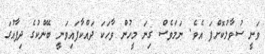
ވަނީ ސުވާލުކޮށްފަ އެވެ. ނަމަވެސް ގިނަ މީހުން ވާހަކަ ދައްކާފައިވަނީ ބޭންކުގެ ދިފާއުގަ